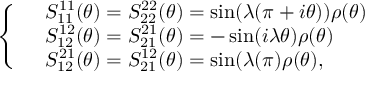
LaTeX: \left\{ \begin{array} { l l } { { } } & { { S _ { 1 1 } ^ { 1 1 } ( \theta ) = S _ { 2 2 } ^ { 2 2 } ( \theta ) = \sin ( \lambda ( \pi + i \theta ) ) \rho ( \theta ) } } \\ { { } } & { { S _ { 1 2 } ^ { 1 2 } ( \theta ) = S _ { 2 1 } ^ { 2 1 } ( \theta ) = - \sin ( i \lambda \theta ) \rho ( \theta ) } } \\ { { } } & { { S _ { 1 2 } ^ { 2 1 } ( \theta ) = S _ { 2 1 } ^ { 1 2 } ( \theta ) = \sin ( \lambda ( \pi ) \rho ( \theta ) , } } \end{array} \right.